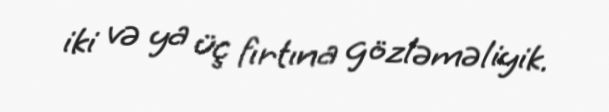
iki və ya üç fırtına gözləməliyik.